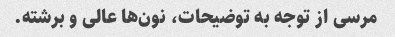
مرسی از توجه به توضیحات، نون‌ها عالی و برشته.